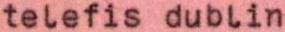
telefis dublin